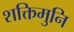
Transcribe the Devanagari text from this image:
शक्तिमुनि